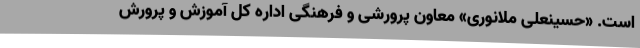
است. «حسینعلی ملانوری» معاون پرورشی و فرهنگی اداره کل آموزش و پرورش